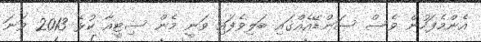
އެންމެފަހުން ވެސް ސަންޑޭއެއްގައި ބަލިވެފައި ވަނީ މެން ސިޓީއާ ކުޅެ 2013 ވަނަ